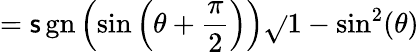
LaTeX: =\operatorname{\mathsf{s}gn}\left(\sin\left(\theta+{\frac{{\pi}}{{2}}}\right)\right){\sqrt{}{{1-\sin^{2}(\theta)}}}